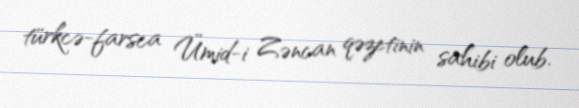
türkcə-farsca Ümid-i Zəncan qəzetinin sahibi olub.